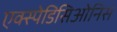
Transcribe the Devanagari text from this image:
एक्स्पेडिसिओनिस